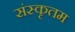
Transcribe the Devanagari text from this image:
संस्कृतम